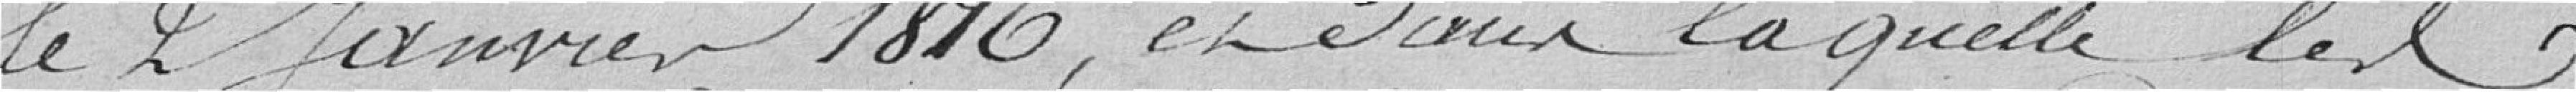
le 2 Janvier 1816, et Dans laquelle les